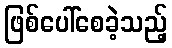
ဖြစ်ပေါ်စေခဲ့သည့်